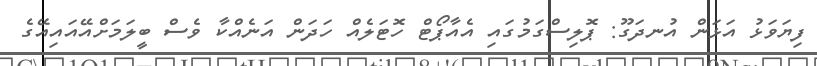
ފިޔަވަޅު އަޅަން އުނދަގޫ: ޕޮލިސްގަމުގައި އެއާޕޯޓް ހޮޓަލެއް ހަދަން އަނެއްކާ ވެސް ބީލަމަށްއޭއައިއޭގެ